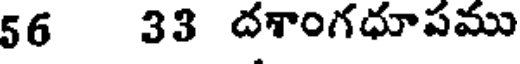
56 33 దశాంగధూపము